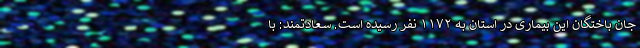
جان باختگان این بیماری در استان به ۱۱۷۲ نفر رسیده است. سعادتمند: با